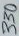
Text: 330